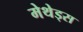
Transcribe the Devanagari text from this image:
मेथेड्स